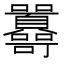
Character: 𡆔